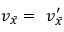
\ v _ { \bar { x } } = \ v _ { \bar { x } } ^ { \prime }